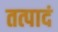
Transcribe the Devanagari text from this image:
तत्पादं